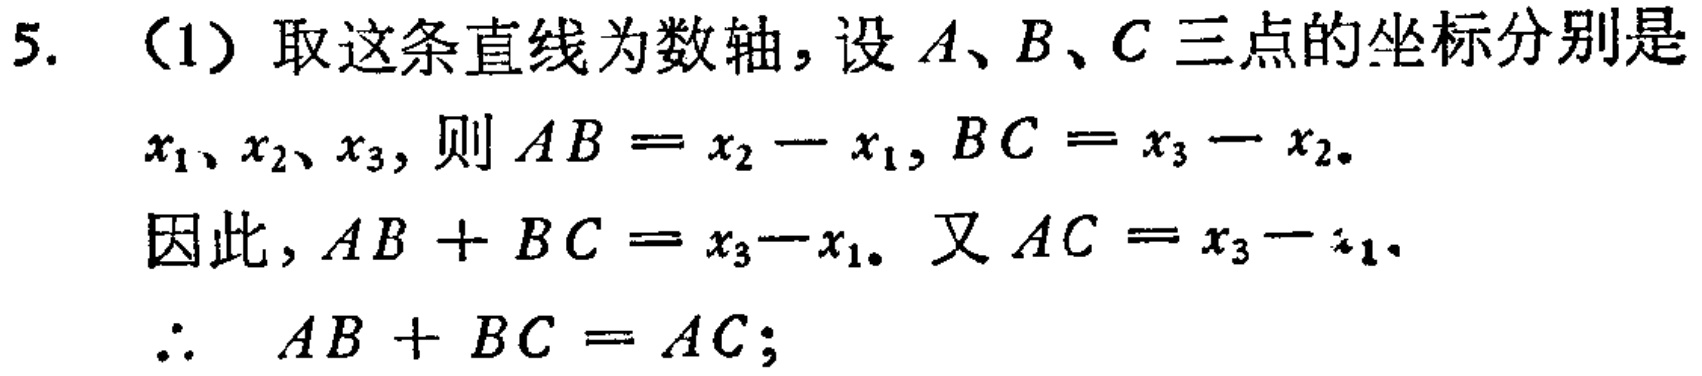
5. （1）取这条直线为数轴，设\(A、B、C\)三点的坐标分别是\(x_1、x_2、x_3\)，则\(AB = x_2 - x_1\)，\(BC = x_3 - x_2\)。
因此，\(AB + BC = x_3 - x_1\)。又\(AC = x_3 - x_1\)。
\(\therefore AB + BC = AC\)；